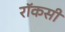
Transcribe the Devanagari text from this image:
रॉकसी